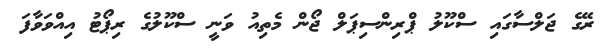
ރޭގެ ޖަލްސާގައި ސްކޫލު ޕްރިންސިޕަލް ޖޯން މެތިއު ވަނީ ސްކޫލުގެ ރިޕޯޓު އިއްވަވާފަ